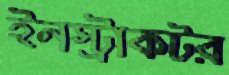
ইনস্ট্রাকটর